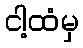
ငါ့ထံမှ